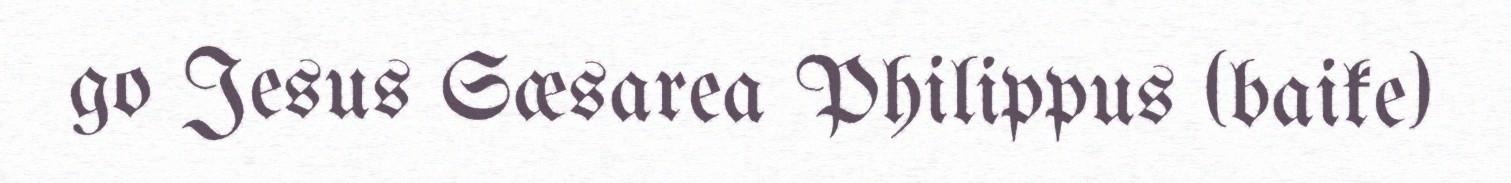
go Jesus Sæsarea Philippus (baike)